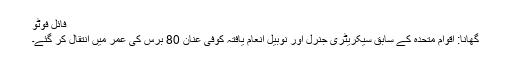
فائل فوٹو
گھانا: اقوام متحدہ کے سابق سیکریٹری جنرل اور نوبیل انعام یافتہ کوفی عنان 80 برس کی عمر میں انتقال کر گئے۔